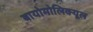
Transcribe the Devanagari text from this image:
बायोमोलिक्यूल